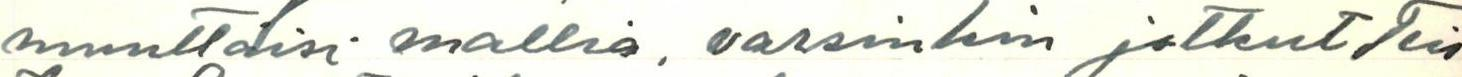
muuttaisi mallia, varsinkin jotkut Teis-